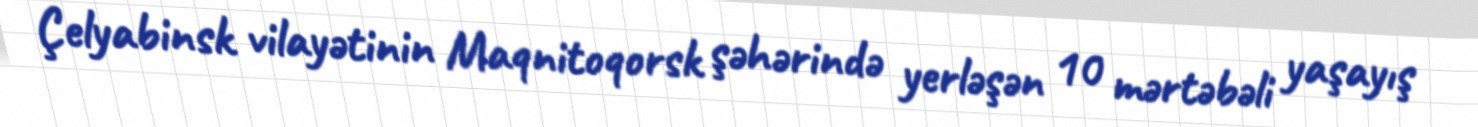
Çelyabinsk vilayətinin Maqnitoqorsk şəhərində yerləşən 10 mərtəbəli yaşayış